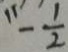
- \frac { 1 } { 2 }